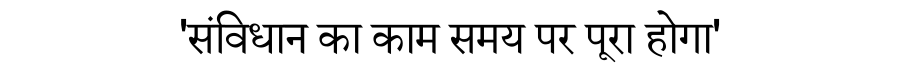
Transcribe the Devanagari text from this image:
'संविधान का काम समय पर पूरा होगा'